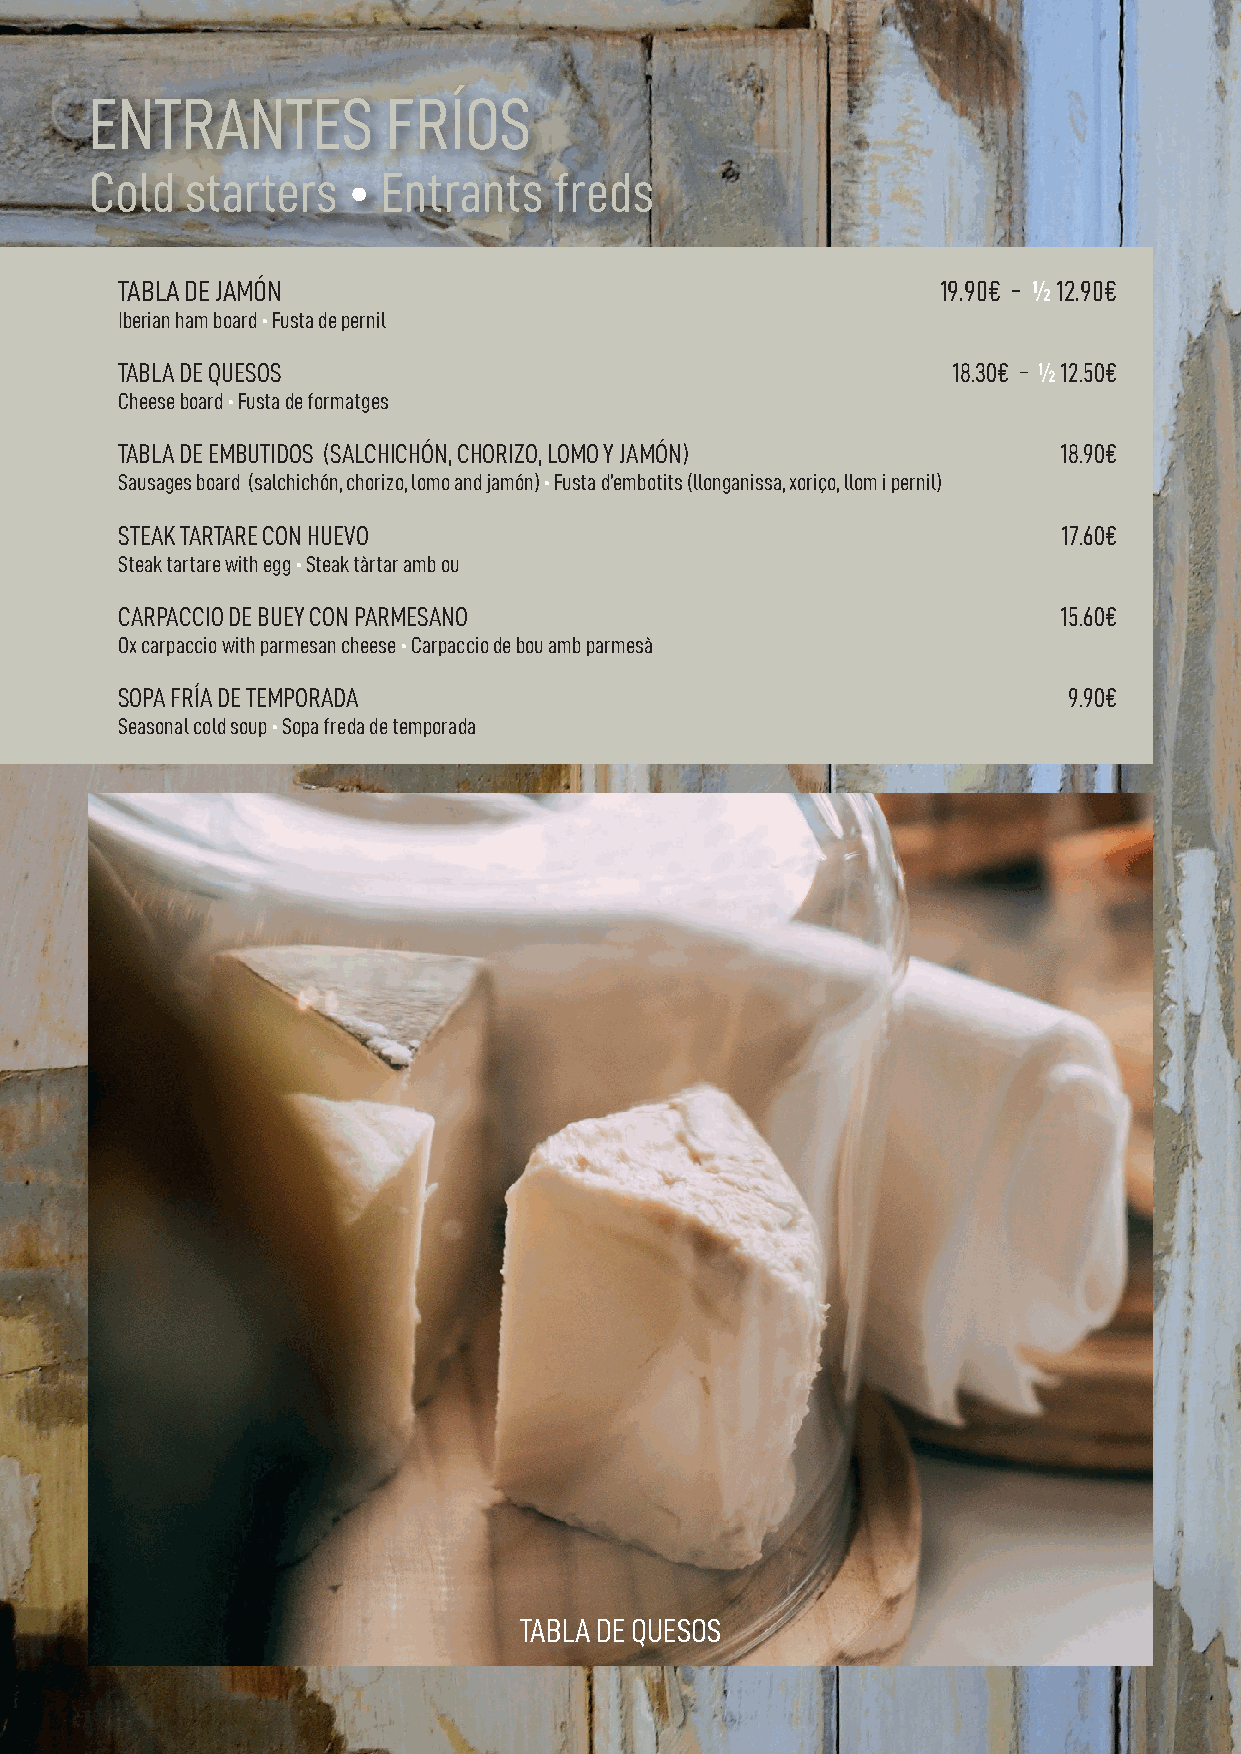
ENTRANTES           FRÍOS
 Cold  starters   • Entrants    freds
 TABLA DE JAMÓN                                        19.90€ - ½ 12.90€
 Iberian ham board • Fusta de pernil
 TABLA DE QUESOS                                        18.30€ - ½ 12.50€
 Cheese board • Fusta de formatges
 TABLA DE EMBUTIDOS (SALCHICHÓN, CHORIZO, LOMO Y JAMÓN)        18.90€
 Sausages board (salchichón, chorizo, lomo and jamón) • Fusta d’embotits (llonganissa, xoriço, llom i pernil)
 STEAK TARTARE CON HUEVO                                       17.60€
 Steak tartare with egg • Steak tàrtar amb ou
 CARPACCIO DE BUEY CON PARMESANO                               15.60€
 Ox carpaccio with parmesan cheese • Carpaccio de bou amb parmesà
 SOPA FRÍA DE TEMPORADA                                         9.90€
 Seasonal cold soup • Sopa freda de temporada
 TABLA DE QUESOS